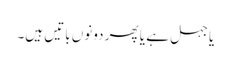
یا جہل ہے یا پھر دونوں باتیں ہیں۔